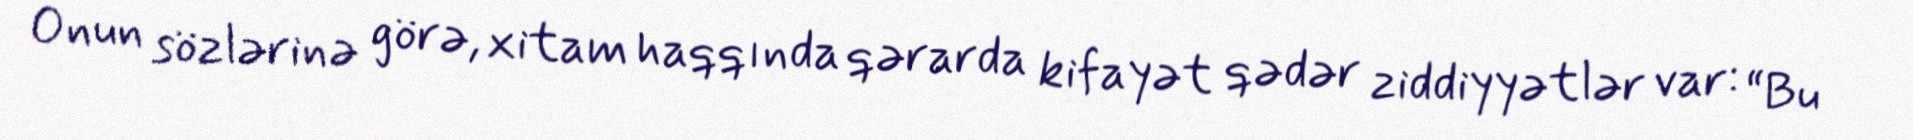
Onun sözlərinə görə, xitam haqqında qərarda kifayət qədər ziddiyyətlər var: “Bu